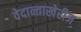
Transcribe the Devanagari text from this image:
वेदान्ताखेरीज